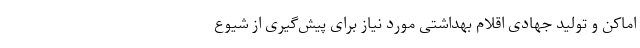
اماکن و تولید جهادی اقلام بهداشتی مورد نیاز برای پیش‌گیری از شیوع